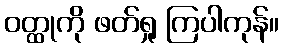
ဝတ္ထုကို ဖတ်ရှု ကြပါကုန်။